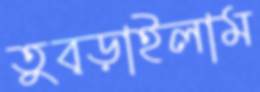
তুব্‌ড়াইলাম